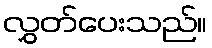
လွှတ်ပေးသည်။